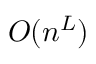
O ( n ^ { L } )